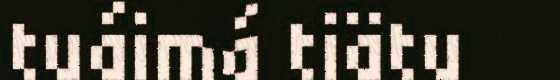
tuáimá tiätu